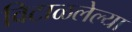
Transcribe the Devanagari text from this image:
विटाळलेल्या